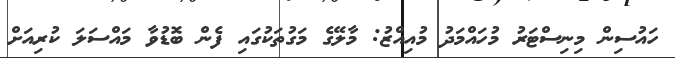
ހައުސިން މިނިސްޓަރު މުހައްމަދު މުއިއްޒު: މާލޭގެ މަގުތަކުގައި ފެން ބޮޑުވާ މައްސަލަ ކުރިއަށް